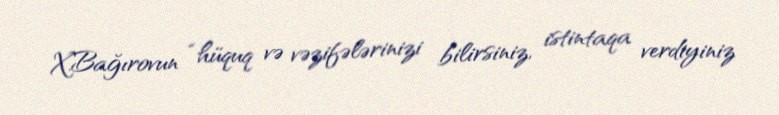
X.Bağırovun “hüquq və vəzifələrinizi bilirsiniz, istintaqa verdiyiniz